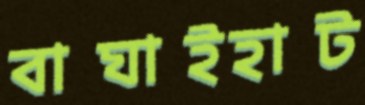
বাঘাইহাট